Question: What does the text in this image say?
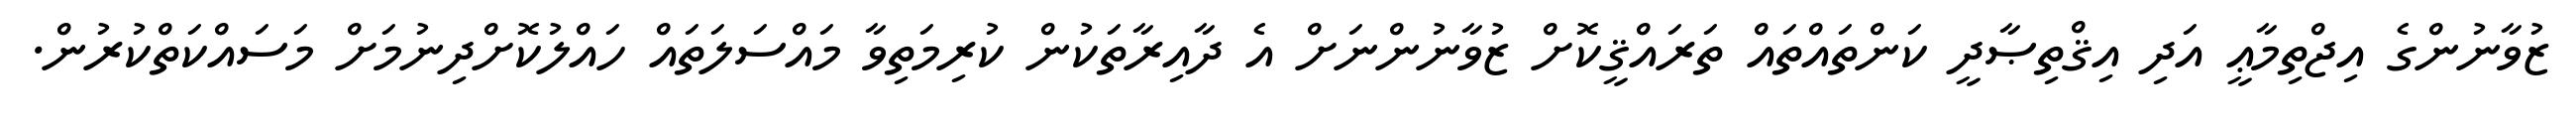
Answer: ޒުވާނުންގެ އިޖްތިމާޢީ އަދި އިޤްތިޞާދީ ކަންތައްތައް ތަރައްޤީކޮށް ޒުވާނުންނަށް އެ ދާއިރާތަކުން ކުރިމަތިވާ މައްސަލަތައް ހައްލުކޮށްދިނުމަށް މަސައްކަތްކުރުން.